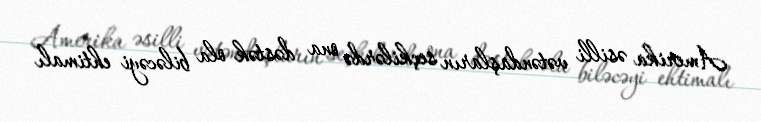
Amerika əsilli vətəndaşların seçkilərdə ona dəstək ola biləcəyi ehtimalı